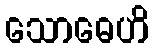
သောဓေဟိ